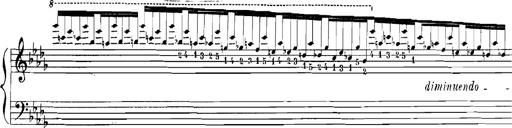
Title: Rhapsodies hongroises
Composer: Franz Liszt